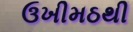
ઉખીમઠથી